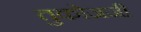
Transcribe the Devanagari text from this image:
तुकोजजी